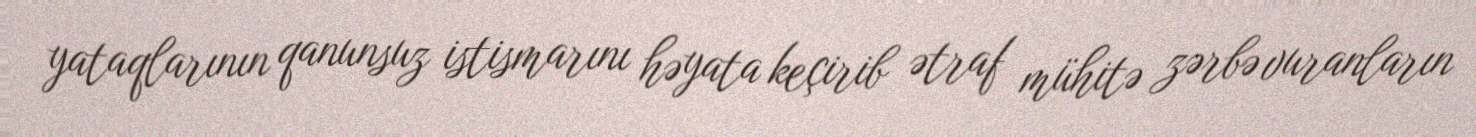
yataqlarının qanunsuz istismarını həyata keçirib ətraf mühitə zərbə vuranların